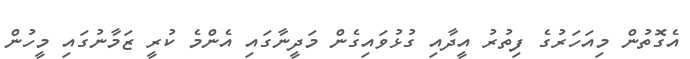
އެގޮތުން މިއަަހަރުގެ ފިތުރު އީދާއި ގުޅުވައިގެން މަދީނާގައި އެންމެ ކުރީ ޒަމާނުގައި މީހުން